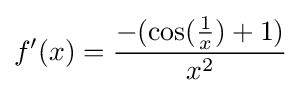
f'(x)={\frac {-(\cos({\tfrac {1}{x}})+1)}{x^{2}}}